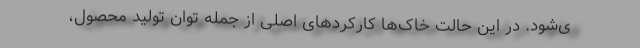
ی‌شود. در این حالت خاک‌ها کارکردهای اصلی از جمله توان تولید محصول،